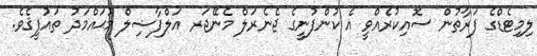
ލިމިޓެޑްގެ ފަރާތުން ސޮއިކުރެއްވީ އެ ކުންފުނީގެ ޖެނެރަލް މެނޭޖަރ އަލްފާޟިލް މުޙައްމަދު ތައުފީޤެވެ.